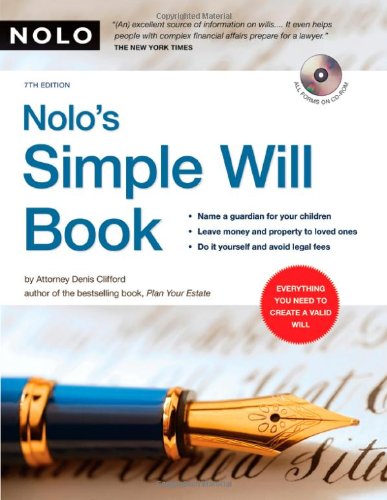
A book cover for Nolo's Simple Will Book; Denis Clifford Attorney; Law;